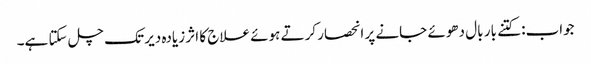
جواب: کتنے بار بال دھوئے جانے پر انحصار کرتے ہوئے علاج کا اثر زیادہ دیر تک چل سکتا ہے۔